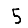
Digit: 5